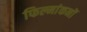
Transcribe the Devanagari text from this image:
फिल्मांकनों